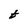
Character: t